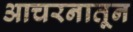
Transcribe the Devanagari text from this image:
आचरनातून